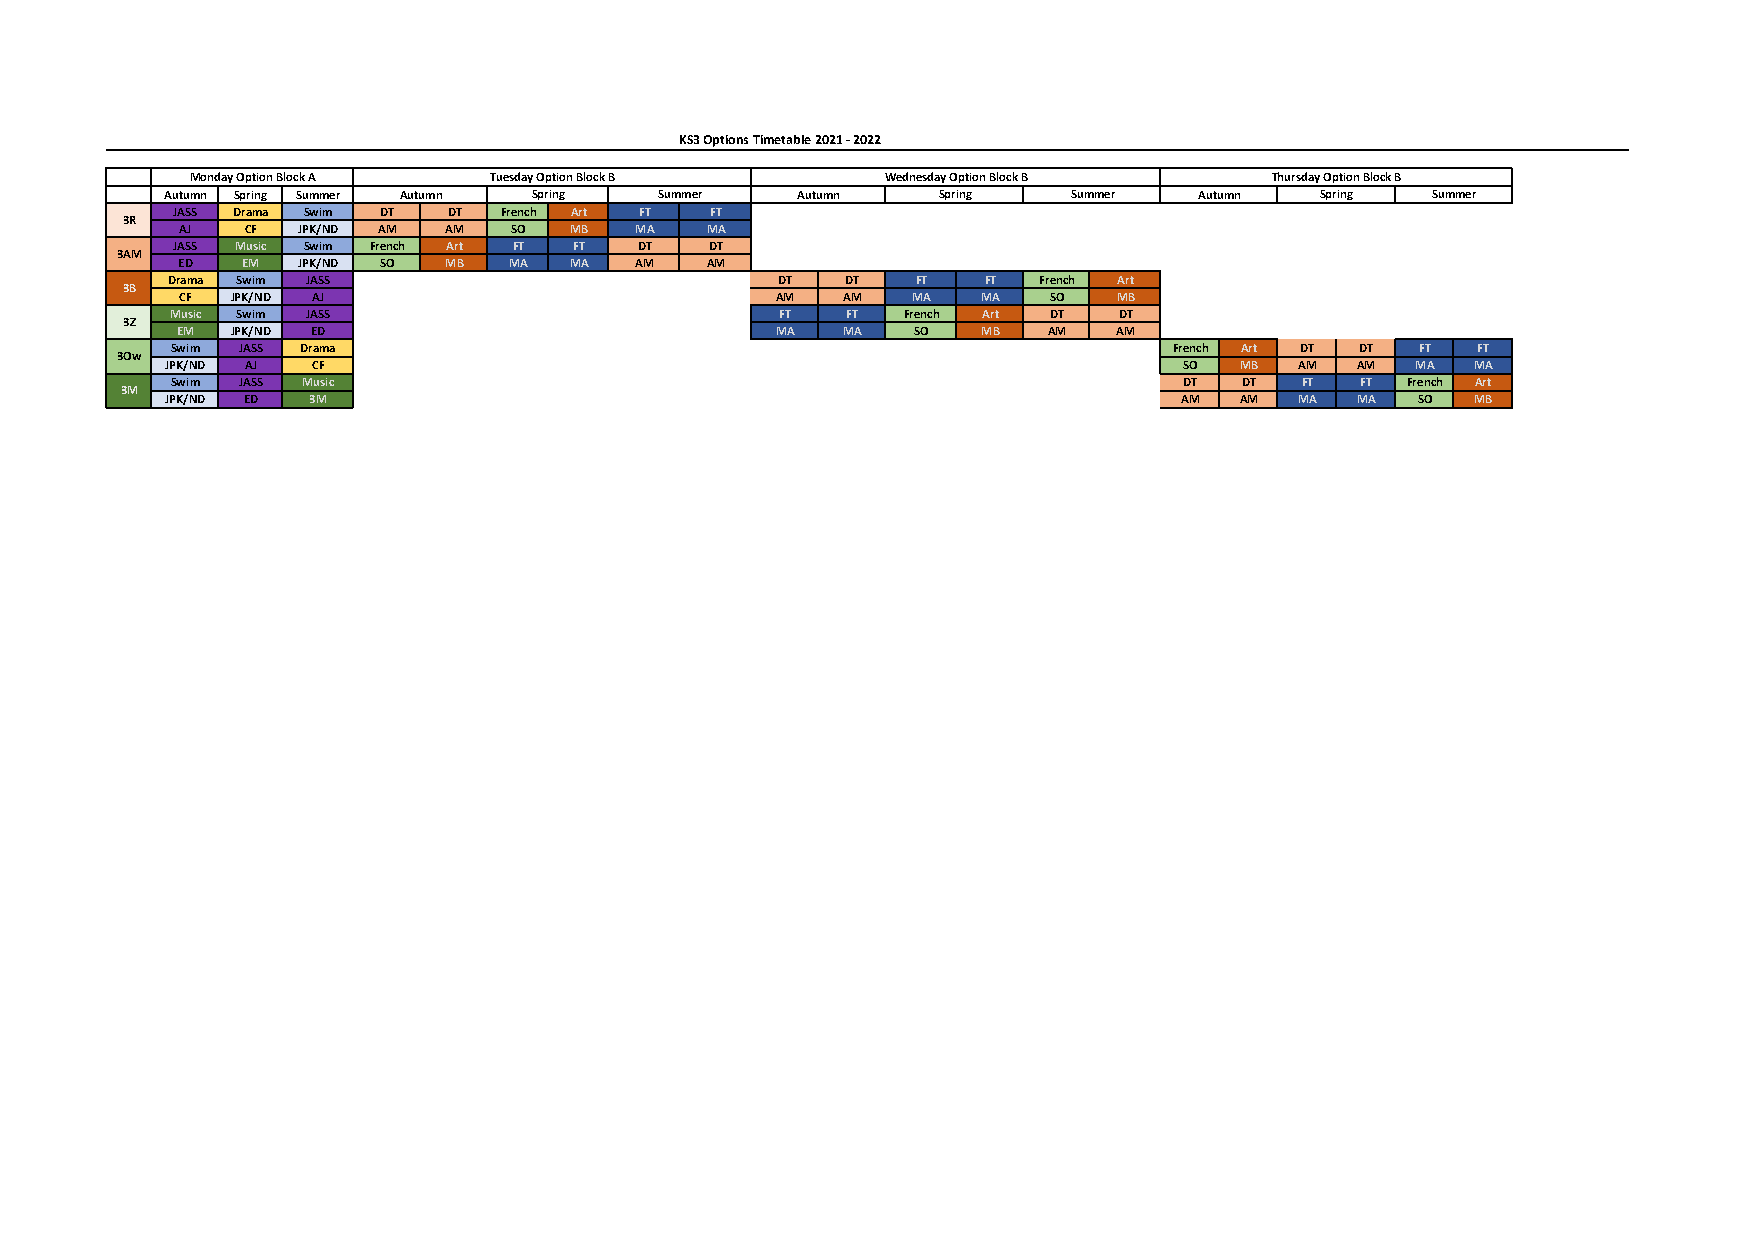
KS3 Options Timetable 2021 - 2022
 Monday Option Block A Tuesday Option Block B  Wednesday Option Block B Thursday Option Block B
 Autumn Spring Summer Autumn Spring Summer Autumn   Spring   Summer  Autumn  Spring  Summer
 JASS Drama Swim DT DT French Art FT FT
 3R
 AJ  CF  JPK/ND AM AM  SO  MB  MA   MA
 JASS Music Swim French Art FT FT DT DT
 3AM
 ED  EM  JPK/ND SO MB  MA  MA  AM   AM
 Drama Swim JASS                         DT   DT   FT  FT  French Art
 3B
 CF JPK/ND AJ                           AM   AM  MA   MA  SO   MB
 Music Swim JASS                          FT  FT  French Art DT DT
 3Z
 EM JPK/ND ED                           MA   MA   SO  MB  AM   AM
 Swim JASS Drama                                                    French Art DT DT FT FT
 3Ow
 JPK/ND AJ CF                                                       SO  MB  AM  AM  MA  MA
 Swim JASS Music                                                    DT  DT  FT  FT French Art
 3M
 JPK/ND ED 3M                                                       AM  AM  MA  MA  SO  MB